General report no. 6 on the lunatic asylums, vaccination and dispensaries in the Bengal Presidency, 1873 -
Year: 1873
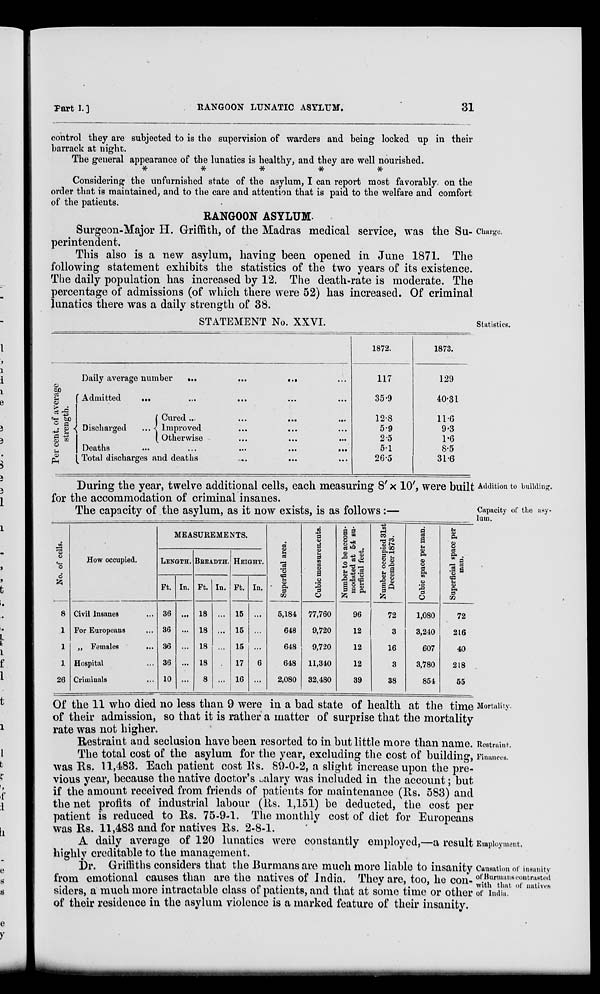
Part I. ]
RANGOON LUNATIC ASYLUM.
31
control they are subjected to is the supervision of warders and being locked up in their
barrack at night.
The general appearance of the lunatics is healthy, and they are well nourished.
*
*
*
*
*
Considering the unfurnished state of the asylum, I can report most favorably on the
order that is maintained, and to the care and attention that is paid to the welfare and comfort
of the patients.
RANGOON ASYLUM.
Charge.
Surgeon-Major H. Griffith, of the Madras medical service, was the Su-
perintendent.
This also is a new asylum, having been opened in June 1871. The
following statement exhibits the statistics of the two years of its existence.
The daily population has increased by 12. The death-rate is moderate. The
percentage of admissions (of which there were 52) has increased. Of criminal
lunatics there was a daily strength of 38.
Statistics.
STATEMENT No. XXVI.
Per cent. of average
strength.
Daily average number
...
...
... ...
Admitted
...
...
... ... ...
Discharged
...
Cured ... ... ...
Improved ... ... ...
Otherwise ... ... ...
Deaths
...
...
...
...
...
Total discharges and deaths
... ... ...
1872.
117
35.9
12.8
5.9
2.5
5.1
26.5
1873.
129
40.31
11.6
9.3
1.6
8.5
31.6
Addition to building.
During the year, twelve additional cells, each measuring 8' x 10', were built
for the accommodation of criminal insanes.
Capacity of the asy-
lum.
The capacity of the asylum, as it now exists, is as follows:—
No. of cells.
8
1
1
1
26
How occupied.
Civil Insanes ...
For Europeans ...
„ Females ...
Hospital ...
Criminals ...
MEASUREMENTS.
LENGTH.
Ft.
36
36
36
36
10
In.
...
...
...
...
...
BREADTH.
Ft.
18
18
18
18
8
In.
...
...
...
...
...
HEIGHT.
Ft.
15
15
15
17
16
In.
...
...
...
6
...
Superficial area.
5,184
648
648
648
2,080
Cubic measurements.
77,760
9,720
9,720
11,340
32,480
Number to be accom-
modated at 54 su-
perficial feet.
96
12
12
12
39
Number occupied 31st
December 1873.
72
3
16
3
38
Cubic space per man.
1,080
3,240
607
3,780
854
Superficial space per
man.
72
216
40
218
55
Mortality.
Of the 11 who died no less than 9 were in a bad state of health at the time
of their admission, so that it is rather a matter of surprise that the mortality
rate was not higher.
Restraint.
Restraint and seclusion have been resorted to in but little more than name.
Finances.
The total cost of the asylum for the year, excluding the cost of building,
was Rs. 11,483. Each patient cost Rs. 89-0-2, a slight increase upon the pre-
vious year, because the native doctor's salary was included in the account; but
if the amount received from friends of patients for maintenance (Rs. 583) and
the net profits of industrial labour (Rs. 1,151) be deducted, the cost per
patient is reduced to Rs. 75-9-1. The monthly cost of diet for Europeans
was Rs. 11,483 and for natives Rs. 2-8-1.
Employment.
A daily average of 120 lunatics were constantly employed,—a result
highly creditable to the management.
Causation of insanity
of Burmans contrasted
with that of natives
of India.
Dr. Griffiths considers that the Burmans are much more liable to insanity
from emotional causes than are the natives of India. They are, too, he con-
siders, a much more intractable class of patients, and that at some time or other
of their residence in the asylum violence is a marked feature of their insanity.